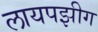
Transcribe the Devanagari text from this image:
लायपझीग